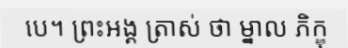
បេ។ ព្រះអង្គ ត្រាស់ ថា ម្នាល ភិក្ខុ